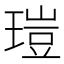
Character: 𤧸